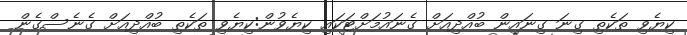
ކިޔެވި ތަކެތި ގިނަ ގިނައިން ބުއްދިއަށް ގެނައުމަށްޓަކައި ކިޔެވުން:ކިޔެވި ތަކެތި ބުއްދިއަށް ގެނެސްގެން